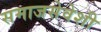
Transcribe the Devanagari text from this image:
समाजसेवेशी